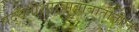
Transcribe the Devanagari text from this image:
पद्धतीशास्त्राबाबातीतील